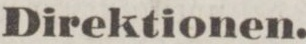
Direktionen.